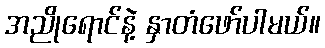
အညိုရောင်နဲ့ နှာတံဖော်ပါမယ်။